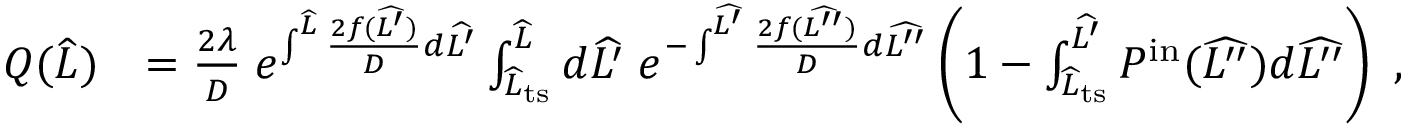
\begin{array} { r l } { Q ( \widehat { L } ) } & { = \frac { 2 \lambda } { D } \; e ^ { \int ^ { \widehat { L } } \frac { 2 f ( \widehat { L ^ { \prime } } ) } { D } d \widehat { L ^ { \prime } } } \int _ { \widehat { L } _ { \mathrm { t s } } } ^ { \widehat { L } } d \widehat { L ^ { \prime } } \; e ^ { - \int ^ { \widehat { L ^ { \prime } } } \frac { 2 f ( \widehat { L ^ { \prime \prime } } ) } { D } d \widehat { L ^ { \prime \prime } } } \left( 1 - \int _ { \widehat { L } _ { \mathrm { t s } } } ^ { \widehat { L ^ { \prime } } } P ^ { \mathrm { i n } } ( \widehat { L ^ { \prime \prime } } ) d \widehat { L ^ { \prime \prime } } \right) \ , } \end{array}